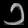
Digit: ၁